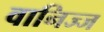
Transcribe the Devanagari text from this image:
वानिज्ज